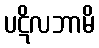
ပဋိလဘာမိ